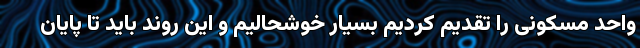
واحد مسکونی را تقدیم کردیم بسیار خوشحالیم و این روند باید تا پایان